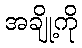
အချို့ကို